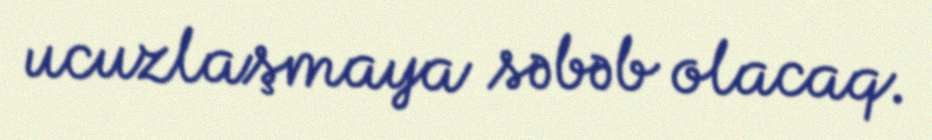
ucuzlaşmaya səbəb olacaq.